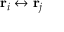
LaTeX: \mathbf { r } _ { i } \leftrightarrow \mathbf { r } _ { j }